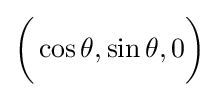
{\biggl (}\cos \theta ,\sin \theta ,0{\biggr )}